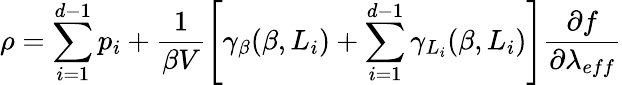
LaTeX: \rho=\sum_{i=1}^{d-1}p_{i}+\frac{1}{\beta V}\left[\gamma_{\beta}(\beta,L_{i})+\sum_{i=1}^{d-1}\gamma_{L_{i}}(\beta,L_{i})\right]\frac{\partial f}{\partial\lambda_{eff}}